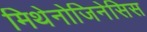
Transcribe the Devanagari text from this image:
मिथेनोजिनेसिस